Lunatic asylums Bombay report 1878-1890 - 1878-1890
Year: 1878
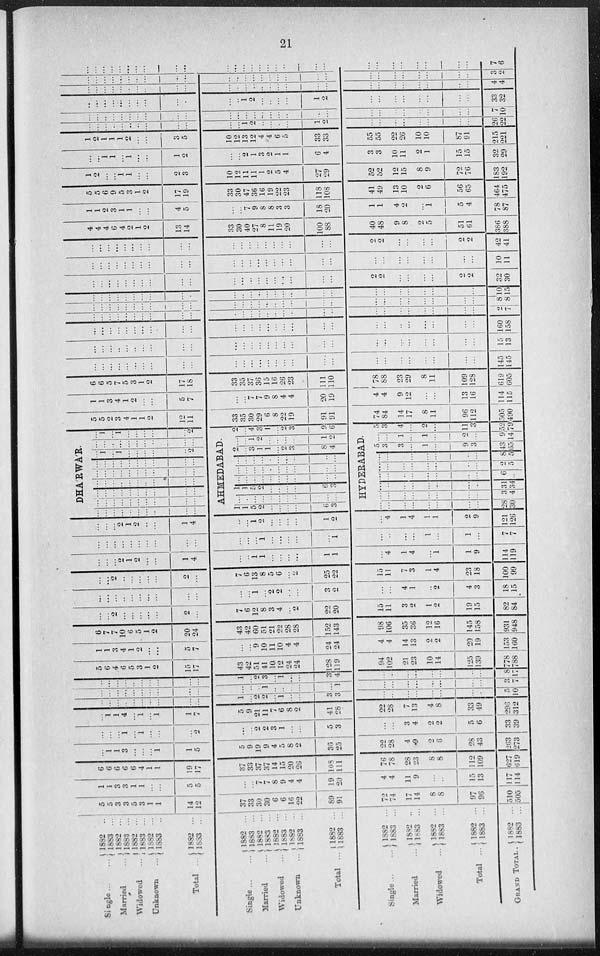
21
Single
...
...
Married ...
Widowed ...
Unknown ...
Total ...
Single
...
...
Married ...
Widowed ...
Unknown ...
Total ...
Single ..
Married ...
Widowed ...
Total ...
GRAND
TOTAL
1882
..
1883 ...
1882 ...
1883 ...
1882 ...
1883 ...
1882 ...
1883
..
1882 ...
1883
...
1882
...
1883 ...
1882 ...
1883
...
1882
...
1883 ...
1882 ...
1883 ...
1882 ...
1883 ...
1882 ...
1883 ...
1882 ..
1883
...
1882 ...
1883 ...
1882 ...
1883 ...
1882 ...
1883 ...
5
5
3
3
5
3
1
1
14
12
37
33
30
30
6
6
16
22
89
91
72
74
17
14
8
8
97
96
510
505
1
1
3
3
1
1
...
...
5
5
...
...
7
7
8
9
4
4
19
20
4
4
11
9
...
...
15
13
117
114
6
6
6
6
6
4
1
1
19
17
37
33
37
37
14
15
20
26
108
111
76
78
28
23
8
8
112
109
627
619
...
1
1
3
...
...
...
1
1
5
5
9
19
9
4
5
8
2
36
25
22
28
4
9
2
6
28
43
263
273
...
...
...
1
...
1
...
...
...
2
...
...
2
2
3
1
...
...
5
3
...
...
3
4
2
2
5
6
33
39
...
1
1
4
...
1
...
1
1
7
5
9
21
11
7
6
8
2
41
28
22
28
7
13
4
8
33
49
296
312
...
...
...
...
...
...
...
...
...
...
1
...
2
2
...
1
...
...
3
3
...
...
...
...
...
...
...
...
5
10
...
...
...
...
...
...
...
...
...
...
...
...
...
1
...
...
...
...
...
1
...
...
...
...
...
...
...
...
3
7
...
...
...
...
...
...
...
...
...
...
1
...
2
3
...
1
...
...
3
4
...
...
...
...
...
...
...
...
8
17
5
6
4
6
5
3
1
2
15
17
43
42
51
41
10
12
24
24
128
119
94
102
21
23
10
14
125
139
778
788
1
1
3
4
1
2
...
...
5
7
...
...
9
10
11
10
4
4
24
24
4
4
14
13
2
2
20
19
153
160
6
7
7
10
6
5
1
2
20
24
43
42
60
51
21
22
28
28
152
143
98
106
35
36
12
16
145
158
931
948
...
...
2
...
...
...
...
...
2
...
7
6
12
8
3
4
...
2
22
20
15
11
3
2
1
2
19
15
82
84
...
...
...
...
...
...
...
...
...
...
...
...
1
...
2
2
...
...
3 2
...
...
4
1
...
2
4
3
18
15
...
...
2
...
...
...
...
...
2
...
7
6
13
8
5
6
...
2
25
22
15
11
7
3
1
4
23
18
100
99
...
...
...
2
1
2
...
...
1
4
...
...
1
1
...
...
...
...
1
1
...
4
1
4
...
1
1
9
114
119
...
...
...
...
...
...
...
...
...
...
...
...
...
1
...
...
...
...
...
1
...
...
...
...
1
...
1
...
7
7
...
...
...
2
1
2
...
...
1
4
...
...
1
2
...
...
...
...
1
2
...
4
1
4
1
1
2
9
121
126
DHARWAR.
...
...
...
...
...
...
...
...
...
...
...
...
...
...
...
...
...
...
...
...
...
...
...
...
...
...
...
...
...
...
...
...
...
...
...
...
...
...
...
...
...
...
...
...
...
...
...
...
...
...
...
...
...
...
...
...
...
...
...
...
...
1
...
1
...
...
...
...
...
2
...
...
...
...
...
...
...
...
...
...
...
1
...
1
...
...
...
...
...
2
AHMEDABAD.
1
1
5
2
...
...
...
...
6
3
...
...
...
...
...
...
...
...
...
...
1
1
5
2
...
...
...
...
6
3
...
...
...
...
...
...
...
...
...
...
...
...
...
...
...
...
...
...
...
...
...
...
...
...
...
...
...
...
...
...
2
...
3
1
1
...
2
3
8
4
...
...
1
2
...
...
...
...
1
2
2
...
4
3
1
...
2
3
9
6
HYDERABAD.
...
...
...
...
...
...
...
...
28
30
...
...
...
...
...
...
...
...
3
4
...
...
...
...
...
...
...
...
31
34
...
...
...
...
...
...
...
...
6
...
...
...
...
...
...
...
...
...
2
5
...
...
...
...
...
...
...
...
8
5
5
3
3
...
1
...
9
3
43
65
...
...
1
...
1
...
2
...
9
14
5
3
4
...
2
...
11
3
52 79
5
5
2
3
4
1
1
2
12
11
33
35
30
29
6
8
22
19
91
91
74
84
14
17
8
11
96
112
505
490
1
1
3
4
1
2
...
...
5
7
...
...
7
7
9
8
4
4
20
19
4
4
9
12
...
...
13
16
114
115
6
6
5
7
5
3
1
2
17
18
33
35
37
36
15
16
26
23
111
110
78
88
23
29
8
11
109
128
619
605
...
...
...
...
...
...
...
...
...
...
...
...
...
...
...
...
...
...
...
...
...
...
...
...
...
...
...
...
145
145
...
...
...
...
...
...
...
...
...
...
...
...
...
...
...
...
...
...
...
...
...
...
...
...
...
...
...
...
15
13
...
...
...
...
...
...
...
...
...
...
...
...
...
...
...
...
...
...
...
...
...
...
...
...
...
...
...
...
160
158
...
...
...
...
...
...
...
...
...
...
...
...
...
...
...
...
...
...
...
...
...
...
...
...
...
...
...
...
2
7
...
...
...
...
...
...
...
...
...
...
...
...
...
...
...
...
...
...
...
...
...
...
...
...
...
...
...
...
8
8
...
...
...
...
...
...
...
...
...
...
...
...
...
...
...
...
...
...
10
15
...
...
...
...
...
...
...
...
...
...
...
...
...
...
...
...
...
...
...
...
2
2
...
...
...
...
2
2
32
30
...
...
...
...
...
...
...
...
...
...
...
...
...
...
...
...
...
...
...
...
...
...
...
...
...
...
...
...
10
11
...
...
...
...
...
...
...
...
...
...
...
...
...
...
...
...
...
...
...
...
2
2
...
...
...
...
2
2
42 41
4
4
4
6
4
2
1
2
13
14
33
30
40
27
8
11
19
20
100
88
40
48
9
8
2
5
51
61
386
388
1
1
2
3
1
1
...
...
4
5
...
...
7
9
8
8
3
3
18
20
1
1
4
2
...
1
5
4
78
87
5
5
6
9
5
3
1
2
17
19
33
30
47
36
16
19
22
23
118
108
41
49
13
10
2
6
56
65
464
475
1
2
...
...
1
1
...
...
2
3
10
12
11
11
1
2
5
4
27
29
52
52
12
15
8
9
72
76
183
192
...
...
1
1
...
1
...
...
1
2
...
...
2
1
3
2
1
1
6
4
3
3
10
11
9
1
15
15
32
29
1
2
1
1
1
2
...
...
3
5
10
12
13
12
4
4
6
5
33
33
55
55
22
26
10
10
87
91
215
221
...
...
...
...
...
...
...
...
...
...
...
...
1
2
...
...
...
...
1
2
...
...
...
...
...
...
...
...
26
22
...
...
...
...
...
...
...
...
...
...
...
...
...
...
...
...
...
...
...
...
...
...
...
...
...
...
...
...
7
10
...
...
...
...
...
...
...
...
...
.
...
...
1
2
...
...
...
...
1
2
...
...
...
...
...
...
...
...
33
32
...
...
...
...
...
...
...
...
...
...
...
...
...
...
...
...
...
...
...
...
...
...
...
...
...
...
...
...
4
4
...
...
...
...
...
...
...
...
...
...
...
...
...
...
...
...
...
...
...
...
...
...
...
...
...
...
...
...
3
2
...
...
...
...
...
...
...
...
...
...
...
...
...
...
...
...
...
...
...
...
...
...
...
...
...
...
...
...
7
6